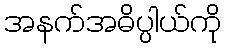
အနက်အဓိပ္ပါယ်ကို